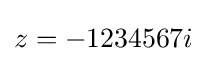
z=-1234567i